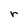
Character: r